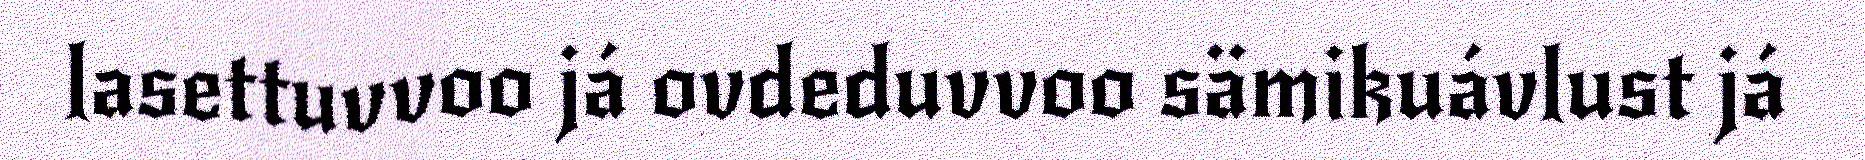
lasettuvvoo já ovdeduvvoo sämikuávlust já